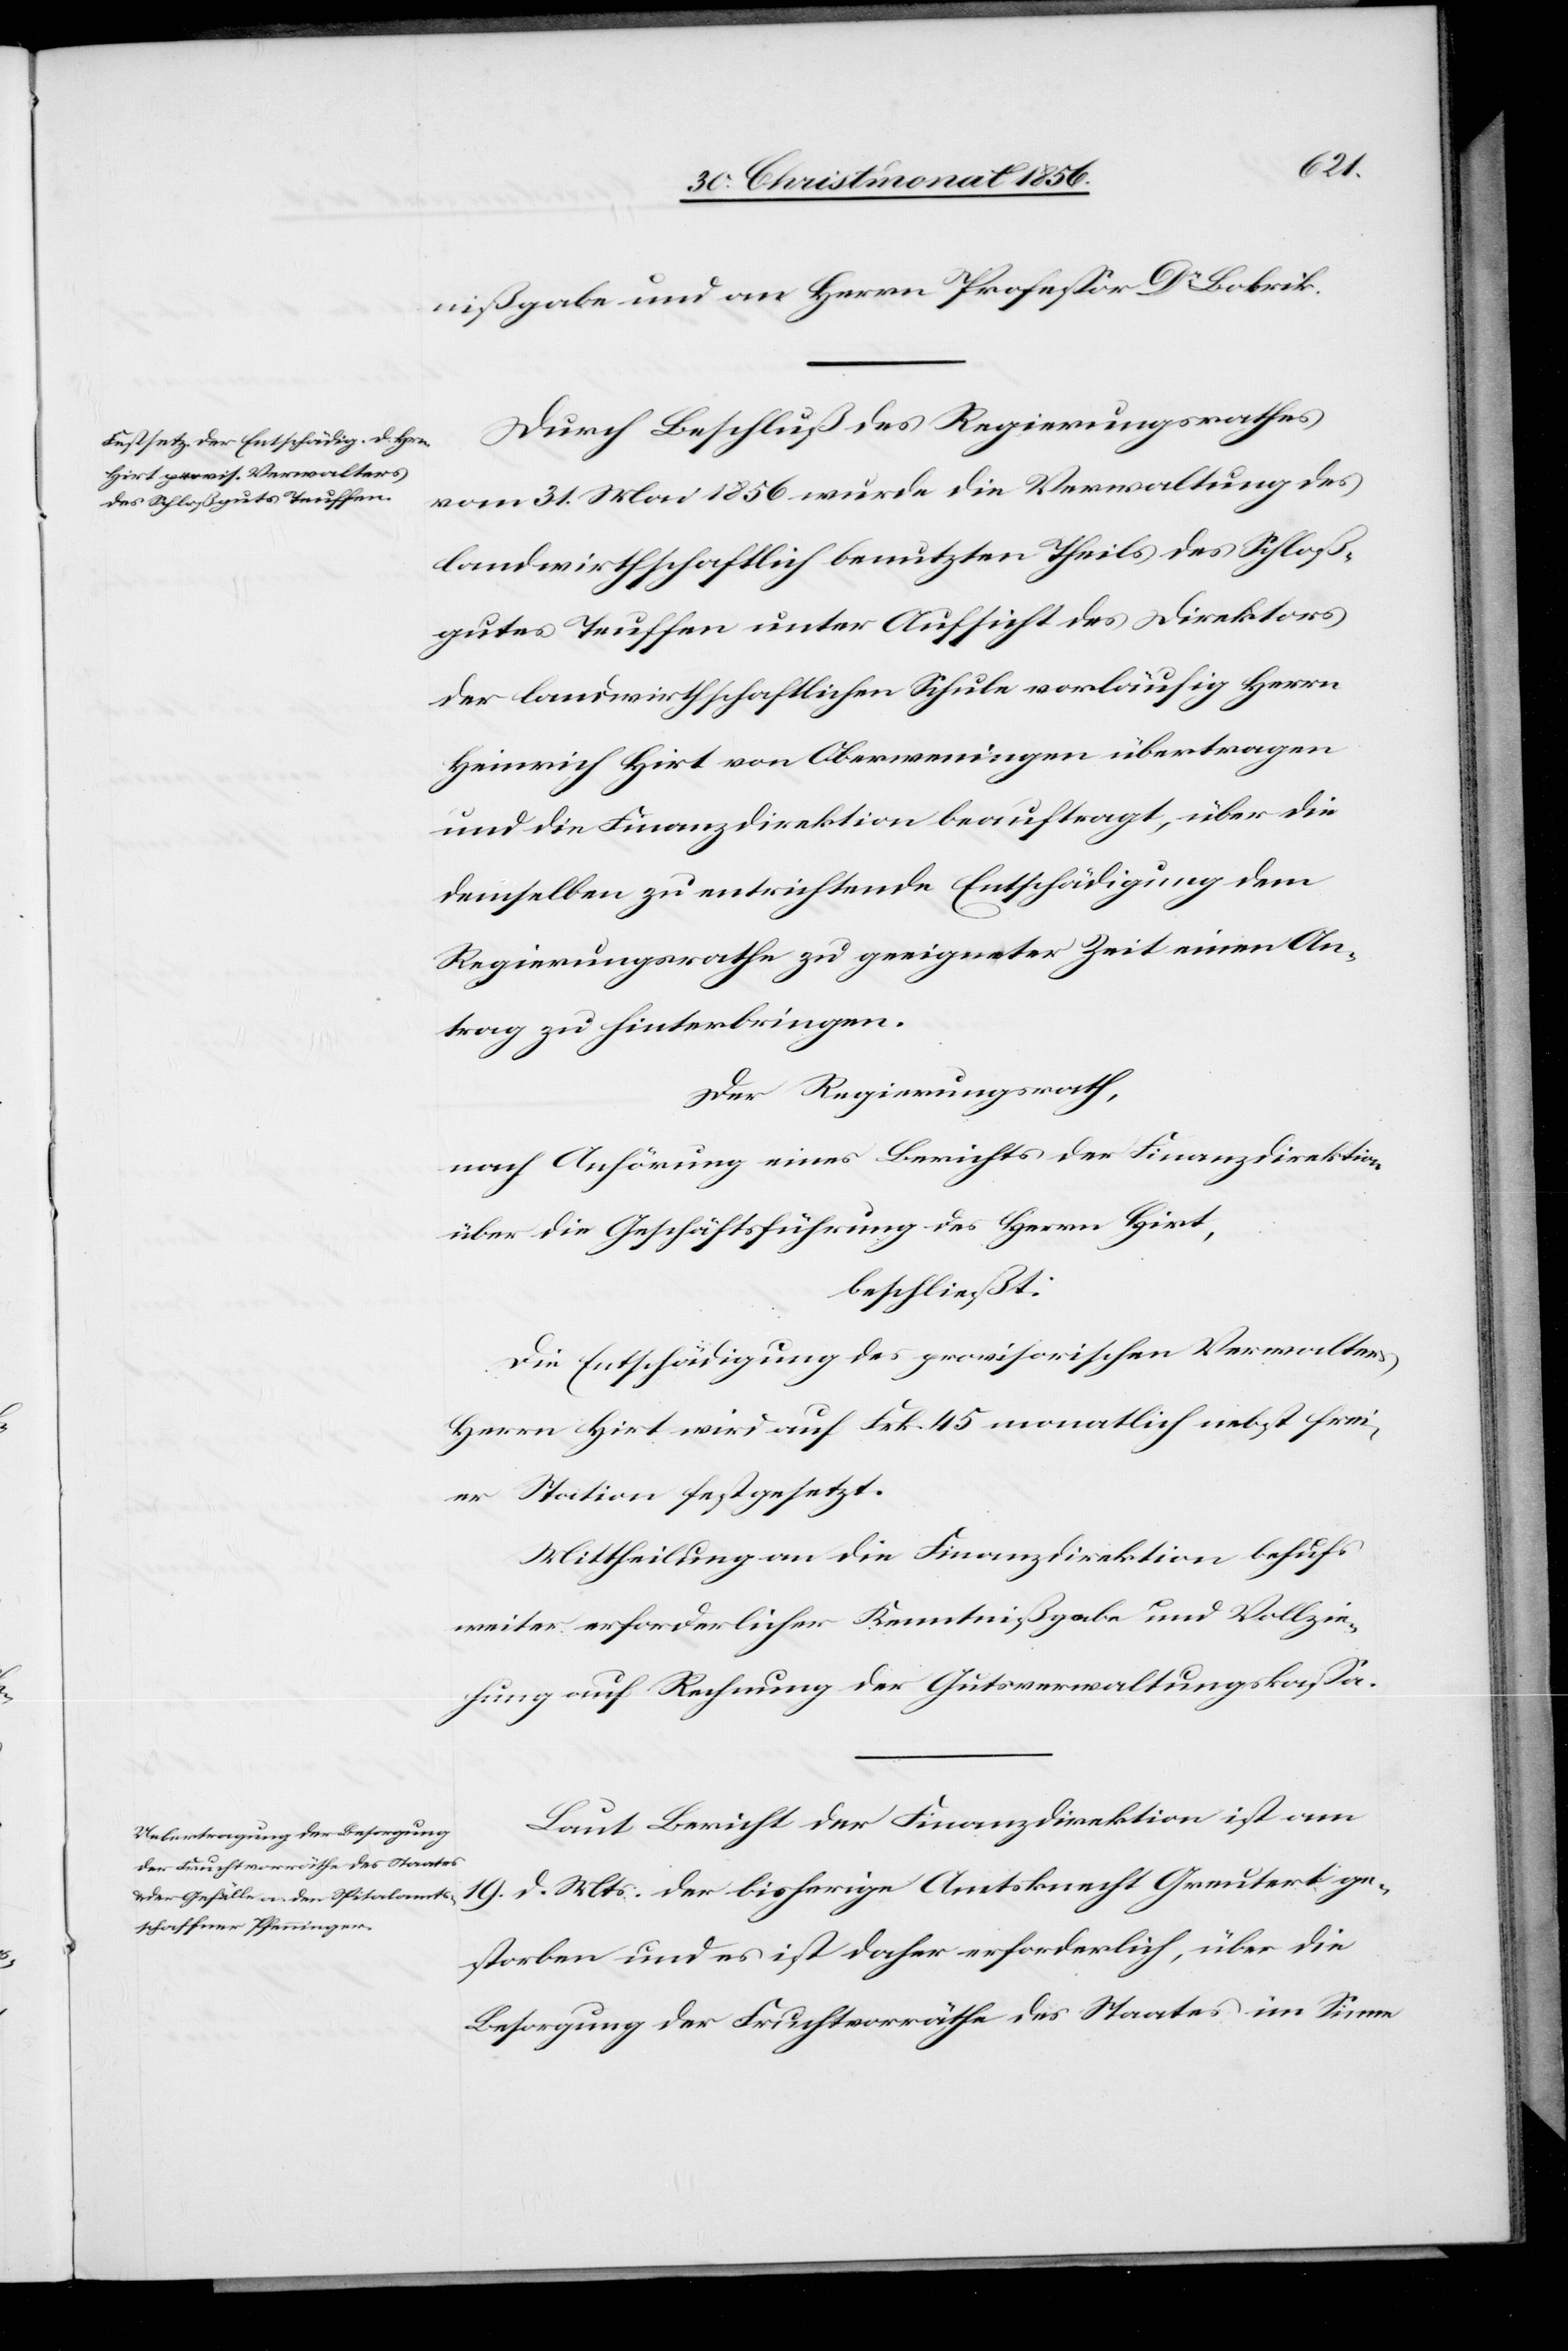
nißgabe und an Herrn Professor Dr Bobrik.
Durch Beschluß des Regierungsrathes
vom 31. Mai 1856 wurde die Verwaltung des
landwirthschaftlich benutzten Theils des Schloß¬
gutes Teuffen unter Aufsicht des Direktors
der landwirthschaftlichen Schule vorläufig Herrn
Heinrich Hirt von Oberweningen übertragen
und die Finanzdirektion beauftragt, über die
demselben zu entrichtende Entschädigung dem
Regierungsrathe zu geeigneter Zeit einen An¬
trag zu hinterbringen.
Der Regierungsrath,
nach Anhörung eines Berichtes der Finanzdirektion
über die Geschäftsführung des Herrn Hirt,
beschließt:
Die Entschädigung des provisorischen Verwalters
Herrn Hirt wird auf Frk. 45 monatlich nebst frei¬
er Station festgesetzt.
Mittheilung an die Finanzdirektion behufs
weiter erforderlicher Kenntnißgabe und Vollzie¬
hung auf Rechnung der Gutsverwaltungskassa.
Laut Bericht der Finanzdirektion ist am
gestorben und es ist daher erforderlich, über die
Besorgung der Fruchtvorräthe des Staates im Sinne